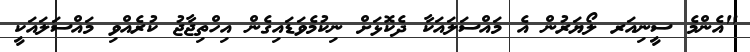
"އެންމެ ސީނިއަރ ލޯޔަރުން އެ މައްސަލައަކާ ދެކޮޅަށް ނިކުމެވަޑައިގެން އިހްތިޖާޖު ކުރެއްވި މައްސަލައަކީ